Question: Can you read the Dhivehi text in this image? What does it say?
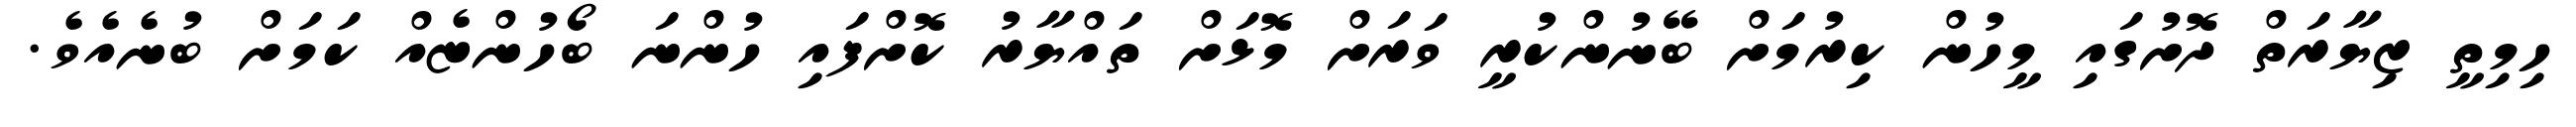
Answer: ހިމިތީ ޒިޔާރަތް ދޮށުގައި މީހުން ކިރުމަށް ބޭނުންކުރީ ވަރަށް މޮޅަށް ތައްޔާރު ކޮށްފައި ހުންނަ ބޯހުންޏެއް ކަމަށް ބުނެއެވެ.